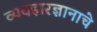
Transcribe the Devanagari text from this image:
व्यवहारज्ञानाचे